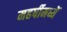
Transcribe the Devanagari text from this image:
महर्षीमध्यें